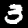
Label: 3